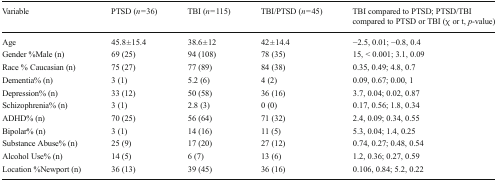
<table><thead><tr><td><b>Variable</b></td><td><b>PTSD (<i>n</i> = 36)</b></td><td><b>TBI (<i>n</i> = 115)</b></td><td><b>TBI/PTSD (<i>n</i> = 45)</b></td><td><b>TBI compared to PTSD; PTSD/TBI compared to PTSD or TBI (χ or t, <i>p</i>-value)</b></td></tr></thead><tbody><tr><td>Age</td><td>45.8 ± 15.4</td><td>38.6 ± 12</td><td>42 ± 14.4</td><td>−2.5, 0.01; −0.8, 0.4</td></tr><tr><td>Gender %Male (n)</td><td>69 (25)</td><td>94 (108)</td><td>78 (35)</td><td>15, &lt; 0.001; 3.1, 0.09</td></tr><tr><td>Race % Caucasian (n)</td><td>75 (27)</td><td>77 (89)</td><td>84 (38)</td><td>0.35, 0.49; 4.8, 0.7</td></tr><tr><td>Dementia% (n)</td><td>3 (1)</td><td>5.2 (6)</td><td>4 (2)</td><td>0.09, 0.67; 0.00, 1</td></tr><tr><td>Depression% (n)</td><td>33 (12)</td><td>50 (58)</td><td>36 (16)</td><td>3.7, 0.04; 0.02, 0.87</td></tr><tr><td>Schizophrenia% (n)</td><td>3 (1)</td><td>2.8 (3)</td><td>0 (0)</td><td>0.17, 0.56; 1.8, 0.34</td></tr><tr><td>ADHD% (n)</td><td>70 (25)</td><td>56 (64)</td><td>71 (32)</td><td>2.4, 0.09; 0.34, 0.55</td></tr><tr><td>Bipolar% (n)</td><td>3 (1)</td><td>14 (16)</td><td>11 (5)</td><td>5.3, 0.04; 1.4, 0.25</td></tr><tr><td>Substance Abuse% (n)</td><td>25 (9)</td><td>17 (20)</td><td>27 (12)</td><td>0.74, 0.27; 0.48, 0.54</td></tr><tr><td>Alcohol Use% (n)</td><td>14 (5)</td><td>6 (7)</td><td>13 (6)</td><td>1.2, 0.36; 0.27, 0.59</td></tr><tr><td>Location %Newport (n)</td><td>36 (13)</td><td>39 (45)</td><td>36 (16)</td><td>0.106, 0.84; 5.2, 0.22</td></tr></tbody></table>